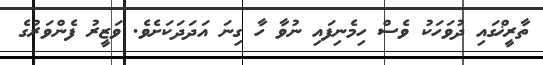
ތާރީޚްގައި ދުވަހަކު ވެސް ހިމެނިފައި ނުވާ ހާ ގިނަ އަދަދަކަށެވެ. ވަޒީރު ފެންވަރުގެ